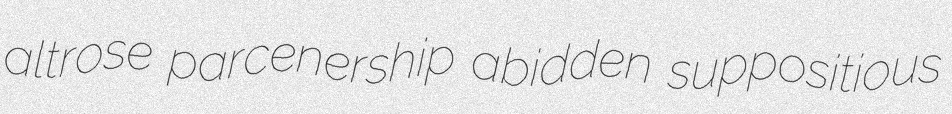
altrose parcenership abidden suppositious